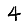
Digit: 4